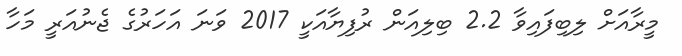
މީރާއަށް ލިބިފައިވާ 2.2 ބިލިއަން ރުފިޔާއަކީ 2017 ވަނަ އަހަރުގެ ޖެނުއަރީ މަހާ